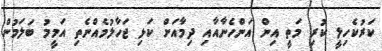
ކަރުކެހިލީ ކުރި މަތީ އިން އަންހެނާއާއި ދިމާއަށް ކަޅި ޖަހާލުމެއްނެތި އަމީމު ބަލަމުން